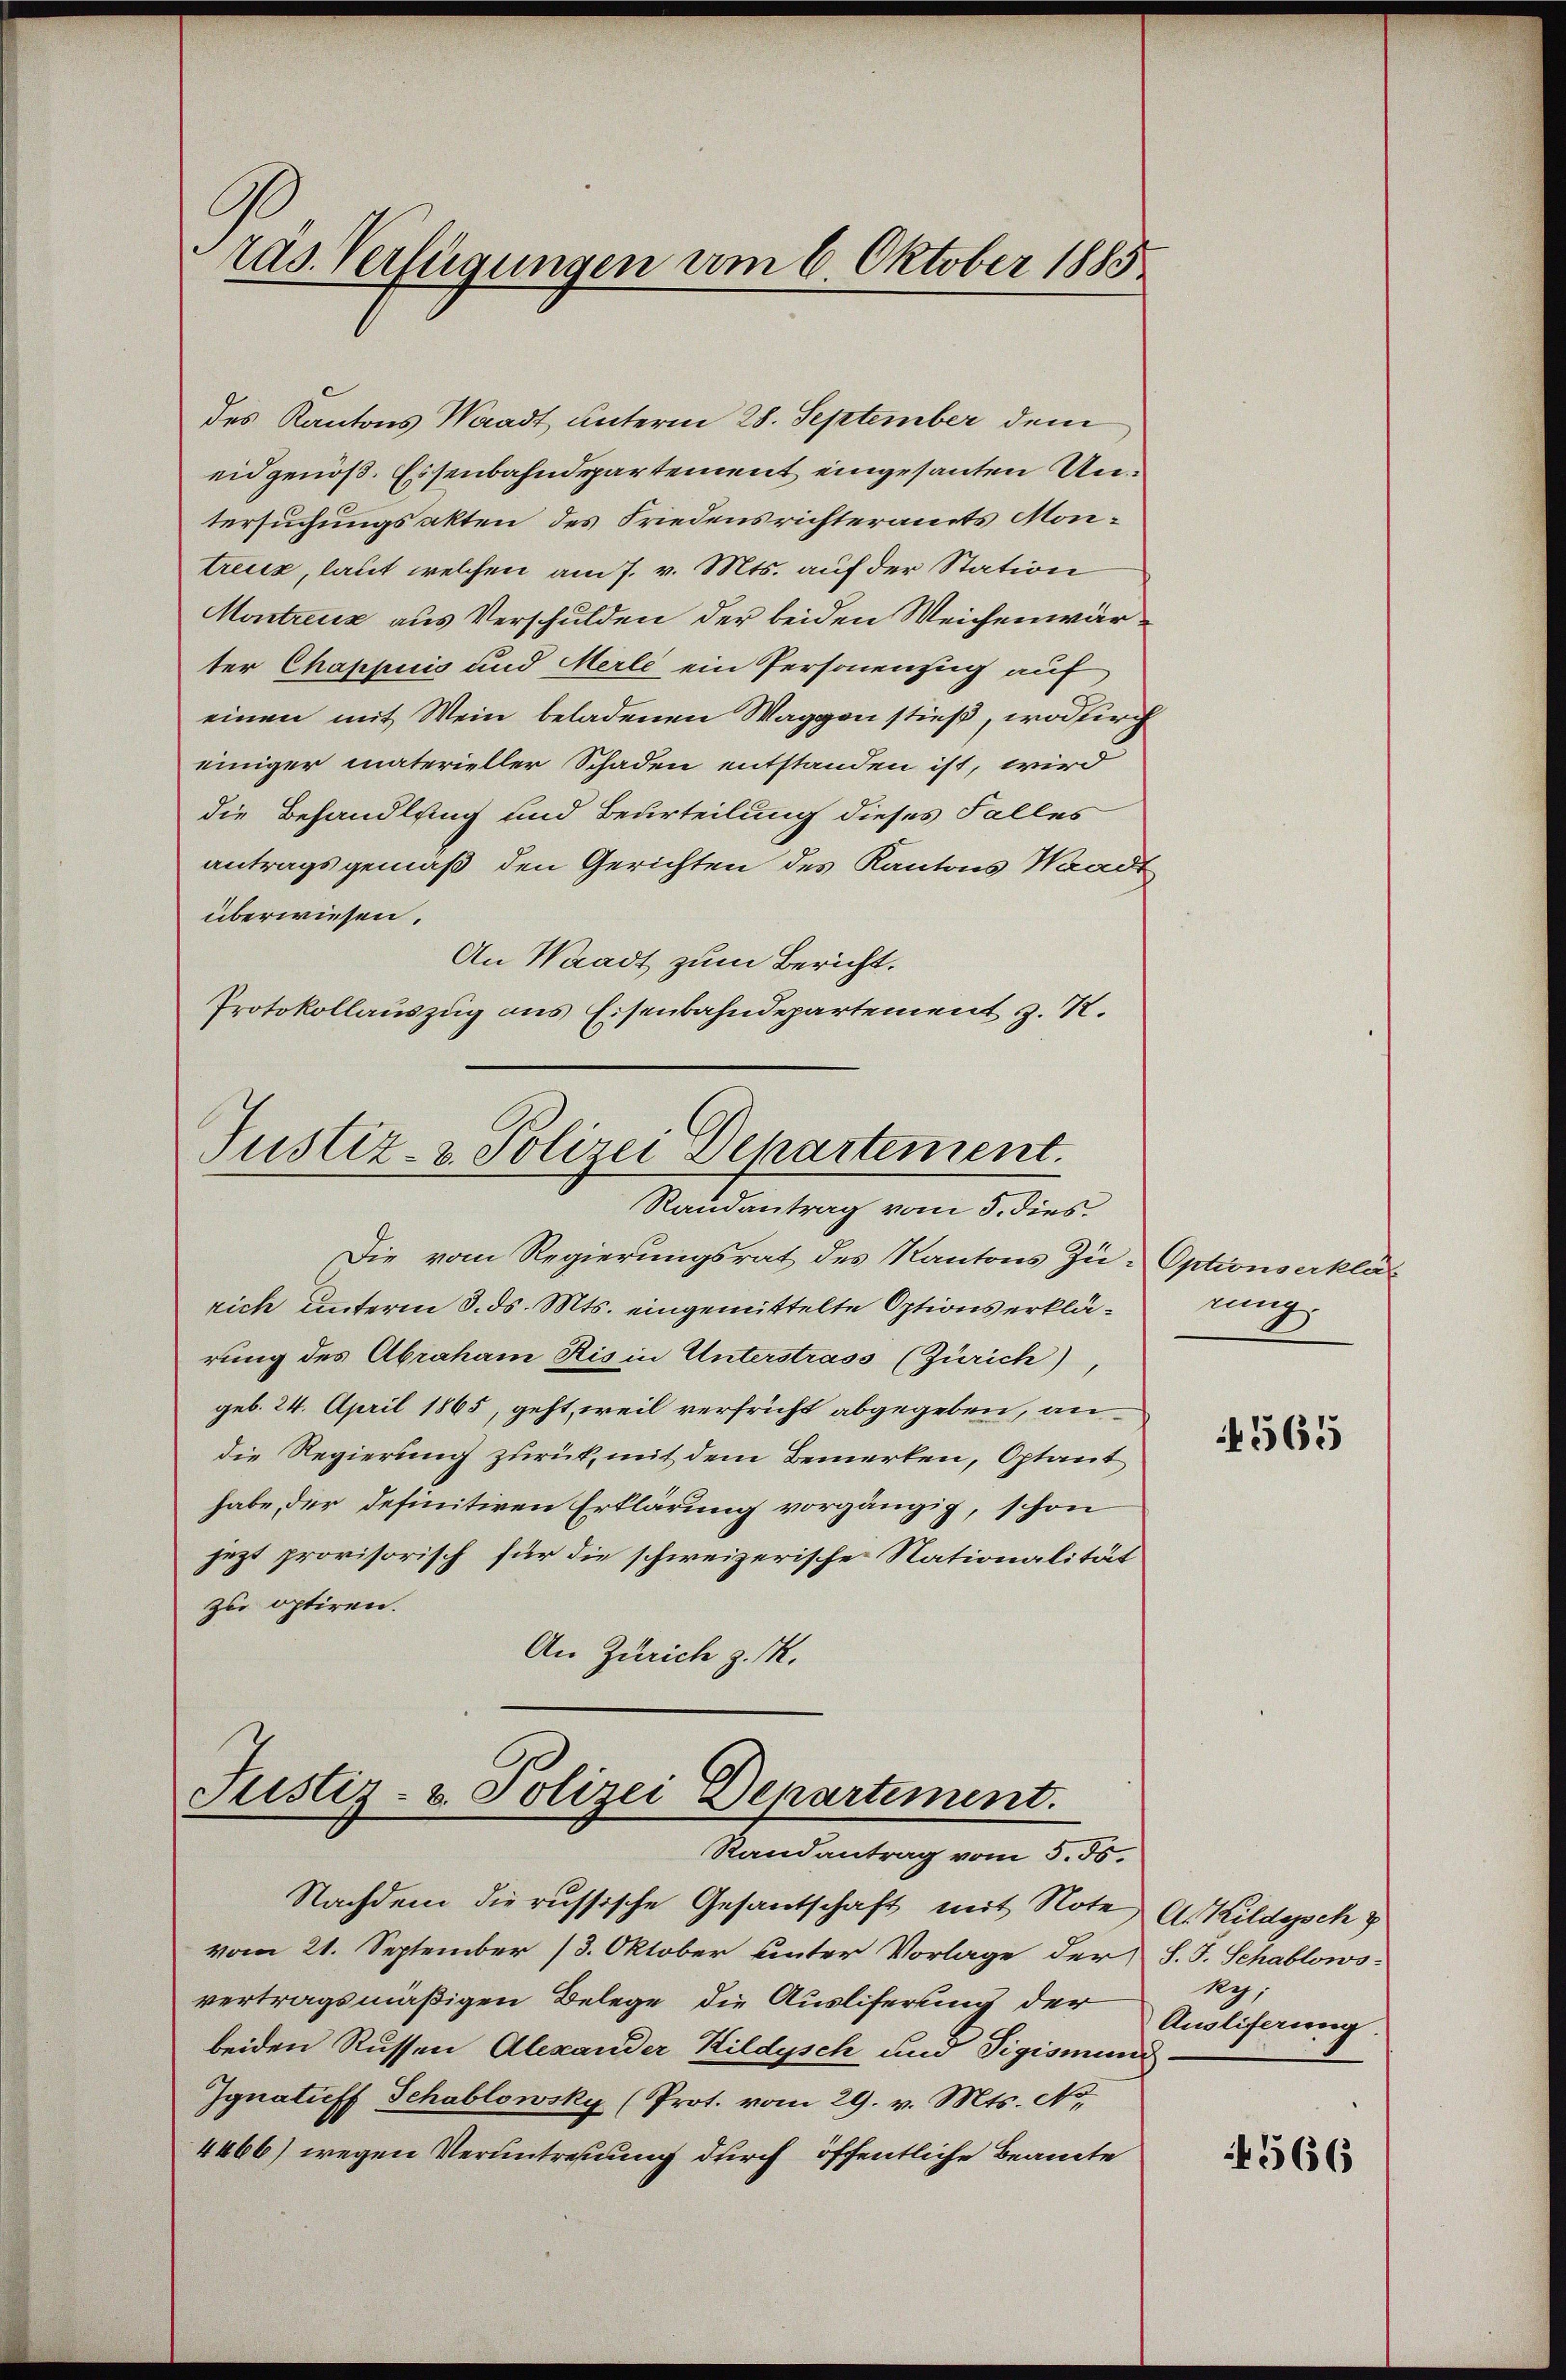
des Kantons Waadt unterm 28. September dem
eidgenöß. Essenbahndepartement eingesanten Untersuchungsakten des Friedensrichteramts Montreux, laut welchen am 7. v. Mts. auf der Station
Montreux aus Verschulden der beiden Weichenwärter Chappuis und Merle ein Personenzug auf
einen mit Wein beladenen Waggon stieß, wodurch
einiger materieller Schaden entstanden ist, wird
die Behandlung und Beurteilung dieses Falles
antragsgemäß den Gerichten des Kantons Waadt
überwiesen.
An Waadt zum Bericht.
Protokollauszug aus Eisenbahndepartement z. K.

ras. Verfügungen am 6. Oktober 1885

Justiz- & Polizei Departement.
Randantrag vom 5. dies

Die vom Regierungsrat des Kantons Zu- Optionserklärich unterm 3. ds. Mts. eingemittelte Options erklärung des Abraham Ris in Unterstrass (Zürich)
geb. 24. April 1865, geht, weil verfricht abgegeben, an
die Regierung zurück, mit dem Bemerken, Optant
habe, der definitiven Erklärung vorgängig, schon
jezt provisorisch für die schweizerische Nationalität
zu optiren.
An Zürich z. M.

Justiz- & Polizei Departement.
Randantrag vom 5. ds.

Nachdem die russische Gesantschaft mit Note A. Kildeysch
vom 21. September (3. Oktober unter Vorlage der S. J. Schablows
vertragsmäßigen Belege die Ausliferung der
beiden Russen Alexander Hildysch und Sigismund-
Ignatuff Schablowsky (Prot. vom 29. v. Mts. No.
4466) wegen Verantreuung durch öffentliche Beamte

nu

4565

ky,
Ausliferung

566